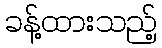
ခန့်ထားသည့်